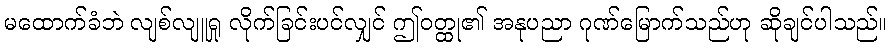
မထောက်ခံဘဲ လျစ်လျူရှု လိုက်ခြင်းပင်လျှင် ဤဝတ္ထု၏ အနုပညာ ဂုဏ်မြောက်သည်ဟု ဆိုချင်ပါသည်။